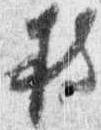
持